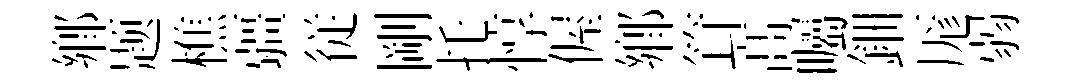
鄕题樵疆従剛托惇偓鄉䇯髙囑鈿厖弱